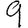
Digit: 9